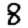
Digit: 8